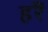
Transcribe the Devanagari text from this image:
हरैं